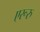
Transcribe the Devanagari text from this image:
एरूरु